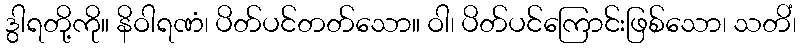
ဒွါရတို့ကို။ နိဝါရဏံ၊ ပိတ်ပင်တတ်သော။ ဝါ၊ ပိတ်ပင်ကြောင်းဖြစ်သော၊ သတိံ၊